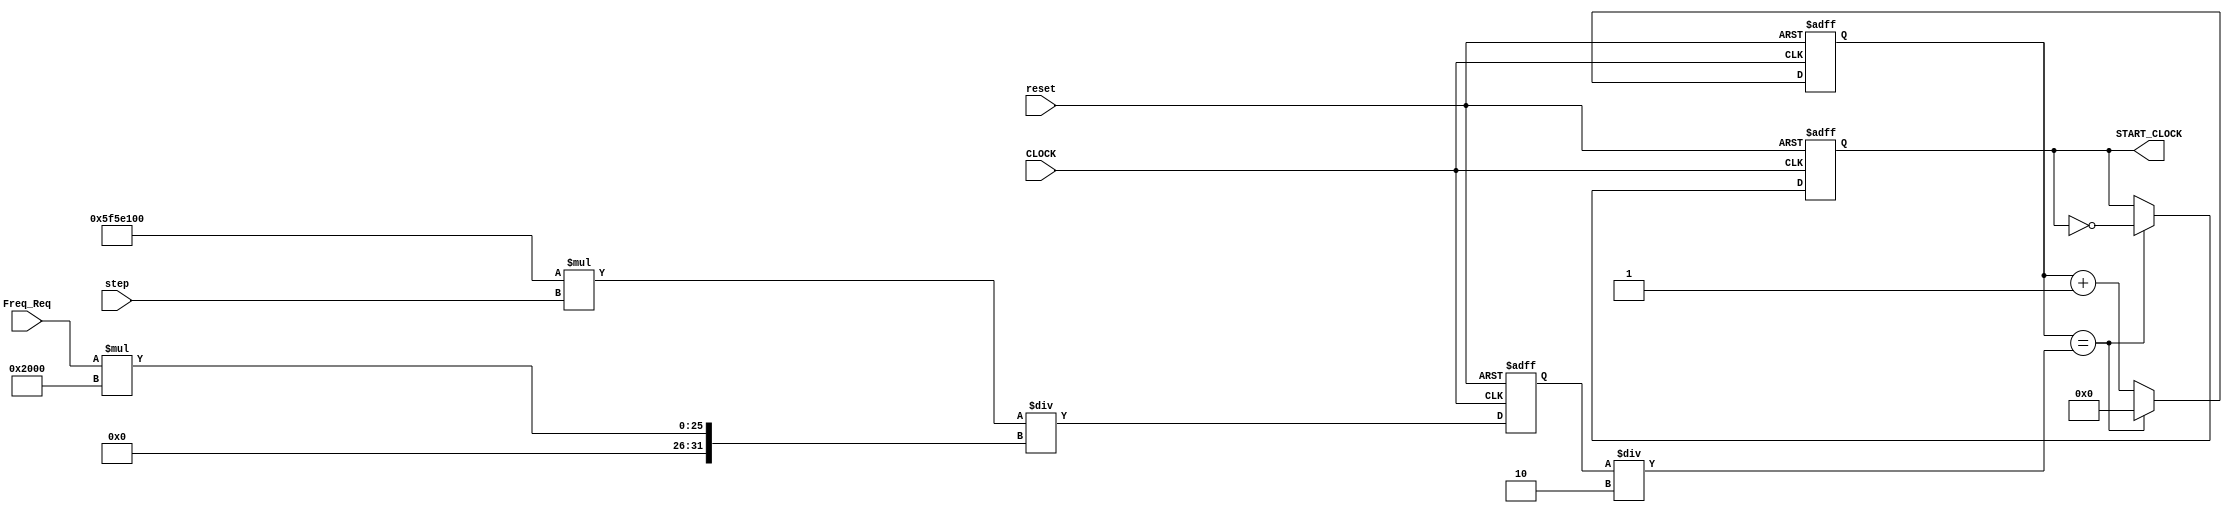
module start_clock(
    input CLOCK,reset,
	 input [11:0] Freq_Req,   //in hz ( max value allowed is 2828 Hz and min is 1 Hz).
	 input [7:0] step,
    output START_CLOCK
    );
    
    reg [31:0] COUNT = 0;
	 reg [31:0] MAX_COUNT = 0;
	 reg START_CLOCK;
	 
	 initial begin
		START_CLOCK = 0;
		MAX_COUNT = 0;
	 end	
    
    always@(posedge CLOCK or posedge reset) begin
		if(reset) begin
		  START_CLOCK <= 0;
		  MAX_COUNT <= 0;
		  COUNT <= 0;		
		end else begin	
		  MAX_COUNT <= (100000000*step) / (Freq_Req *8192);
        START_CLOCK <= (COUNT == MAX_COUNT/2) ? ~START_CLOCK : START_CLOCK;
		  COUNT <= (COUNT == MAX_COUNT/2) ? 0 : (COUNT + 1);
		end  
    end
endmodule